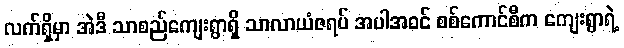
လက်ရှိမှာ အဲဒီ သာစည်ကျေးရွာရှိ သာလာယံဇရပ် အပါအဝင် စစ်ကောင်စီက ကျေးရွာရဲ့